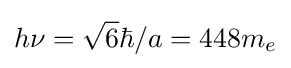
h\nu ={\sqrt {6}}\hbar /a=448m_{e}